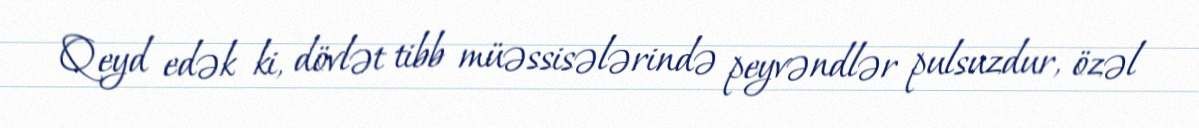
Qeyd edək ki, dövlət tibb müəssisələrində peyvəndlər pulsuzdur, özəl